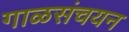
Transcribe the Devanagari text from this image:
गाळसंचयन